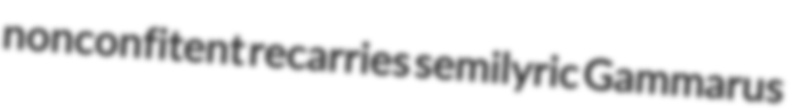
nonconfitent recarries semilyric Gammarus